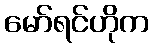
မော်ရင်ဟိုက